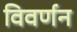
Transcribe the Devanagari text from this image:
विवर्णन